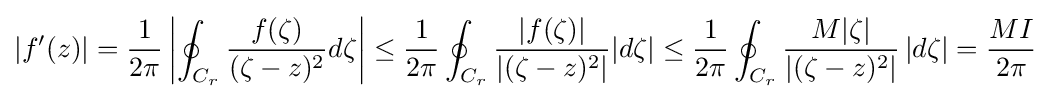
|f'(z)|={\frac {1}{2\pi }}\left|\oint _{C_{r}}{\frac {f(\zeta )}{(\zeta -z)^{2}}}d\zeta \right|\leq {\frac {1}{2\pi }}\oint _{C_{r}}{\frac {|f(\zeta )|}{\left|(\zeta -z)^{2}\right|}}|d\zeta |\leq {\frac {1}{2\pi }}\oint _{C_{r}}{\frac {M|\zeta |}{\left|(\zeta -z)^{2}\right|}}\left|d\zeta \right|={\frac {MI}{2\pi }}